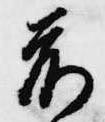
前